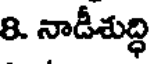
8. నాడీశుద్ధి